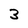
Character: 3